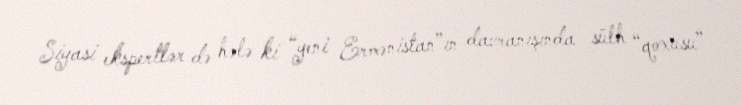
Siyasi ekspertlər də hələ ki “yeni Ermənistan”ın davranışında sülh “qoxusu”